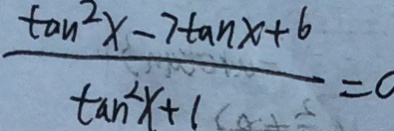
\frac { \tan ^ { 2 } x - 7 \tan x + 6 } { \tan ^ { 2 } x + 1 } = 0